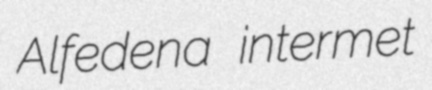
Alfedena intermet